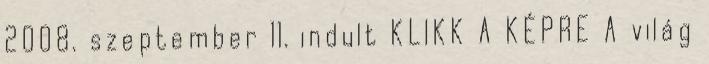
2008. szeptember 11. indult KLIKK A KÉPRE A világ